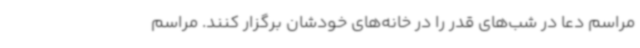
مراسم دعا در شب‌های قدر را در خانه‌های خودشان برگزار کنند. مراسم